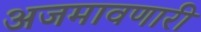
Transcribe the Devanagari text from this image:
अजमावणारी